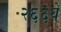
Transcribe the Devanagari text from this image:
२६६वें